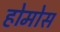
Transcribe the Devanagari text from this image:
होमोस